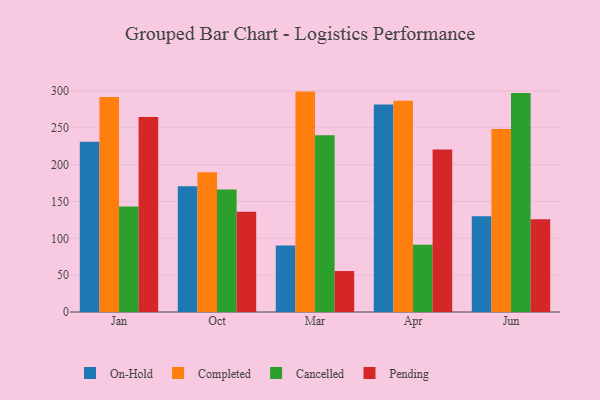
{"axis": {"x": "Month", "y": "Population (Million)"}, "legend": ["Cancelled", "Completed", "On-Hold", "Pending"], "data": [{"x": "Jan", "y": 231.2, "type": "On-Hold"}, {"x": "Jan", "y": 291.9, "type": "Completed"}, {"x": "Jan", "y": 143.2, "type": "Cancelled"}, {"x": "Jan", "y": 264.7, "type": "Pending"}, {"x": "Oct", "y": 170.5, "type": "On-Hold"}, {"x": "Oct", "y": 189.8, "type": "Completed"}, {"x": "Oct", "y": 166.2, "type": "Cancelled"}, {"x": "Oct", "y": 136.2, "type": "Pending"}, {"x": "Mar", "y": 90.3, "type": "On-Hold"}, {"x": "Mar", "y": 299.1, "type": "Completed"}, {"x": "Mar", "y": 239.9, "type": "Cancelled"}, {"x": "Mar", "y": 55.6, "type": "Pending"}, {"x": "Apr", "y": 281.7, "type": "On-Hold"}, {"x": "Apr", "y": 286.7, "type": "Completed"}, {"x": "Apr", "y": 91.2, "type": "Cancelled"}, {"x": "Apr", "y": 220.6, "type": "Pending"}, {"x": "Jun", "y": 130.0, "type": "On-Hold"}, {"x": "Jun", "y": 248.5, "type": "Completed"}, {"x": "Jun", "y": 297.1, "type": "Cancelled"}, {"x": "Jun", "y": 125.9, "type": "Pending"}]}